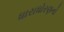
ધારાધોરણનો